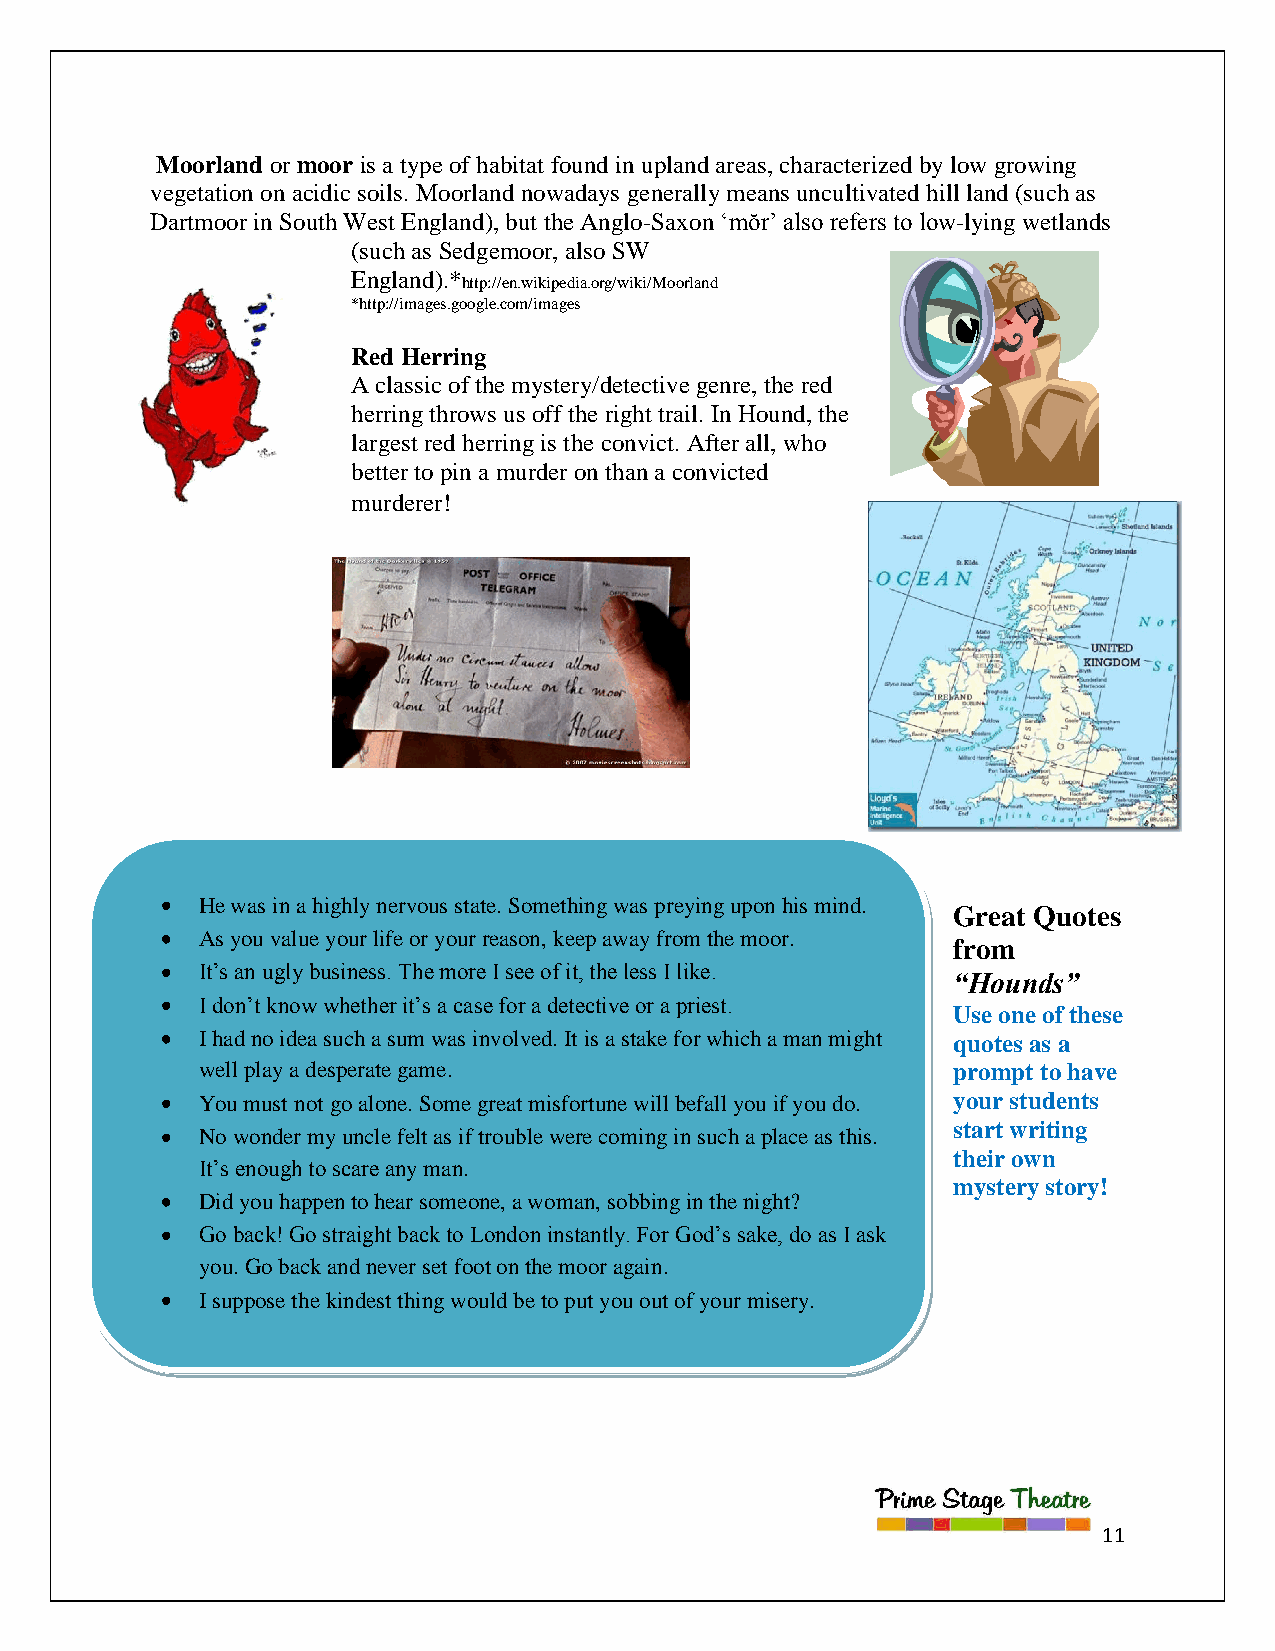
Moorland or moor is a type of habitat found in upland areas, characterized by low growing
 vegetation on acidic soils. Moorland nowadays generally means uncultivated hill land (such as
 Dartmoor in South West England), but the Anglo-Saxon „mŏr‟ also refers to low-lying wetlands
 (such as Sedgemoor, also SW
 England).*
 http://en.wikipedia.org/wiki/Moorland
 *http://images.google.com/images
 Red Herring
 A classic of the mystery/detective genre, the red
 herring throws us off the right trail. In Hound, the
 largest red herring is the convict. After all, who
 better to pin a murder on than a convicted
 murderer!
 He was in a highly nervous state. Something was preying upon his mind.
 Great Quotes
 As you value your life or your reason, keep away from the moor.
 from
 It‟s an ugly business. The more I see of it, the less I like.
 “Hounds”
 I don‟t know whether it‟s a case for a detective or a priest.
 Use one of these
 I had no idea such a sum was involved. It is a stake for which a man might quotes as a
 well play a desperate game.                       prompt to have
 You must not go alone. Some great misfortune will befall you if you do. your students
 start writing
 No wonder my uncle felt as if trouble were coming in such a place as this.
 their own
 It‟s enough to scare any man.
 mystery story!
 Did you happen to hear someone, a woman, sobbing in the night?
 Go back! Go straight back to London instantly. For God‟s sake, do as I ask
 you. Go back and never set foot on the moor again.
 I suppose the kindest thing would be to put you out of your misery.
 11